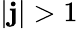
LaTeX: |\mathbf{j}|>1